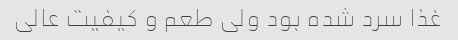
غذا سرد شده بود ولی طعم و کیفیت عالی